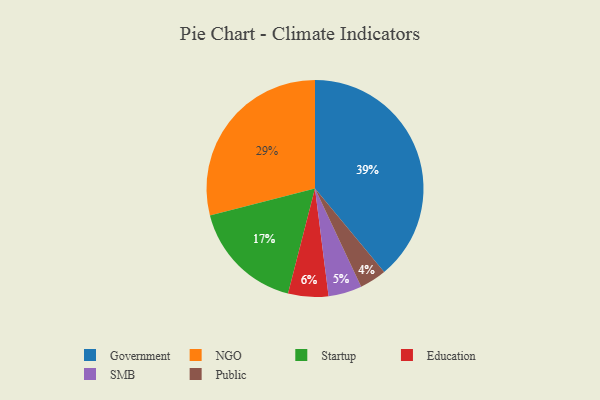
{"axis": {"x": "Category", "y": "Percentage"}, "legend": ["Education", "Government", "NGO", "Public", "SMB", "Startup"], "data": [{"x": "Government", "y": 39, "type": "Government"}, {"x": "NGO", "y": 29, "type": "NGO"}, {"x": "Education", "y": 6, "type": "Education"}, {"x": "SMB", "y": 5, "type": "SMB"}, {"x": "Public", "y": 4, "type": "Public"}, {"x": "Startup", "y": 17, "type": "Startup"}]}